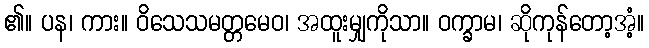
၏။ ပန၊ ကား။ ဝိသေသမတ္တမေဝ၊ အထူးမျှကိုသာ။ ဝက္ခာမ၊ ဆိုကုန်တော့အံ့။